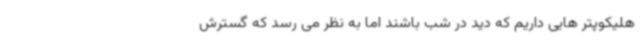
هلیکوپتر هایی داریم که دید در شب باشند اما به نظر می رسد که گسترش